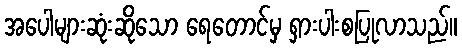
အပေါများဆုံးဆိုသော ရေတောင်မှ ရှားပါးစပြုလာသည်။